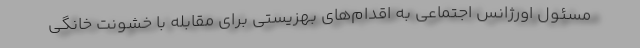
مسئول اورژانس اجتماعی به اقدام‌های بهزیستی برای مقابله با خشونت خانگی